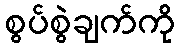
စွပ်စွဲချက်ကို